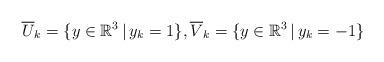
LaTeX: \begin{align*}\overline{U}_{k} = \{y \in \mathbb{R}^{3} \, | \, y_{k} = 1\},\overline{V}_{k} = \{y \in \mathbb{R}^{3} \, | \, y_{k} = -1\} \end{align*}